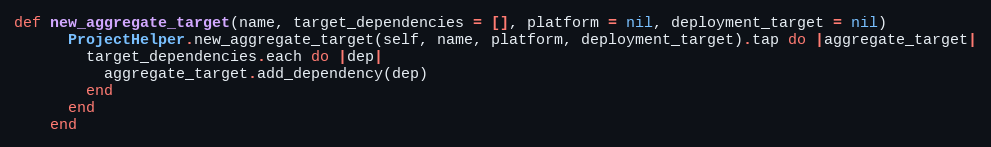
Language: Ruby
def new_aggregate_target(name, target_dependencies = [], platform = nil, deployment_target = nil)
      ProjectHelper.new_aggregate_target(self, name, platform, deployment_target).tap do |aggregate_target|
        target_dependencies.each do |dep|
          aggregate_target.add_dependency(dep)
        end
      end
    end